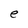
Character: e